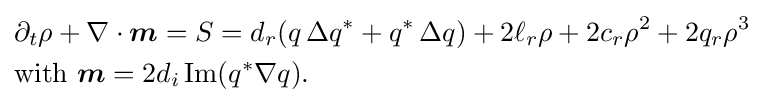
{\begin{aligned}&\partial _{t}\rho +\nabla \cdot {\boldsymbol {m}}=S=d_{r}(q\,\Delta q^{\ast }+q^{\ast }\,\Delta q)+2\ell _{r}\rho +2c_{r}\rho ^{2}+2q_{r}\rho ^{3}\\&{\text{with }}{\boldsymbol {m}}=2d_{i}\operatorname {Im} (q^{\ast }\nabla q).\end{aligned}}